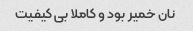
نان خمیر بود و کاملا بی کیفیت